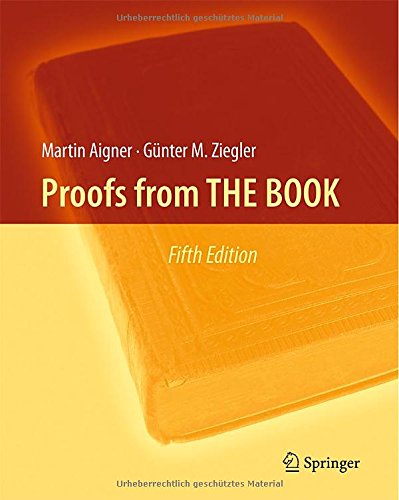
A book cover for Proofs from THE BOOK; Martin Aigner; Science & Math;